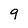
Character: 9